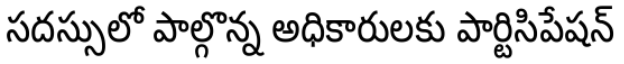
సదస్సులో పాల్గొన్న అధికారులకు పార్టిసిపేషన్